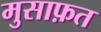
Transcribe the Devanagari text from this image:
मुसाफ़त